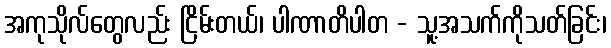
အကုသိုလ်တွေလည်း ငြိမ်းတယ်၊ ပါဏာတိပါတ - သူ့အသက်ကိုသတ်ခြင်း၊